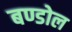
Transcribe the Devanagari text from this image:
बण्डोल